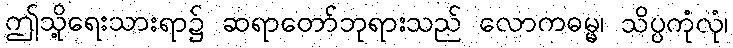
ဤသို့ရေးသားရာ၌ ဆရာတော်ဘုရားသည် လောကဓမ္မ၊ သိပ္ပကုံလုံ၊